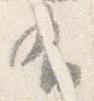
有